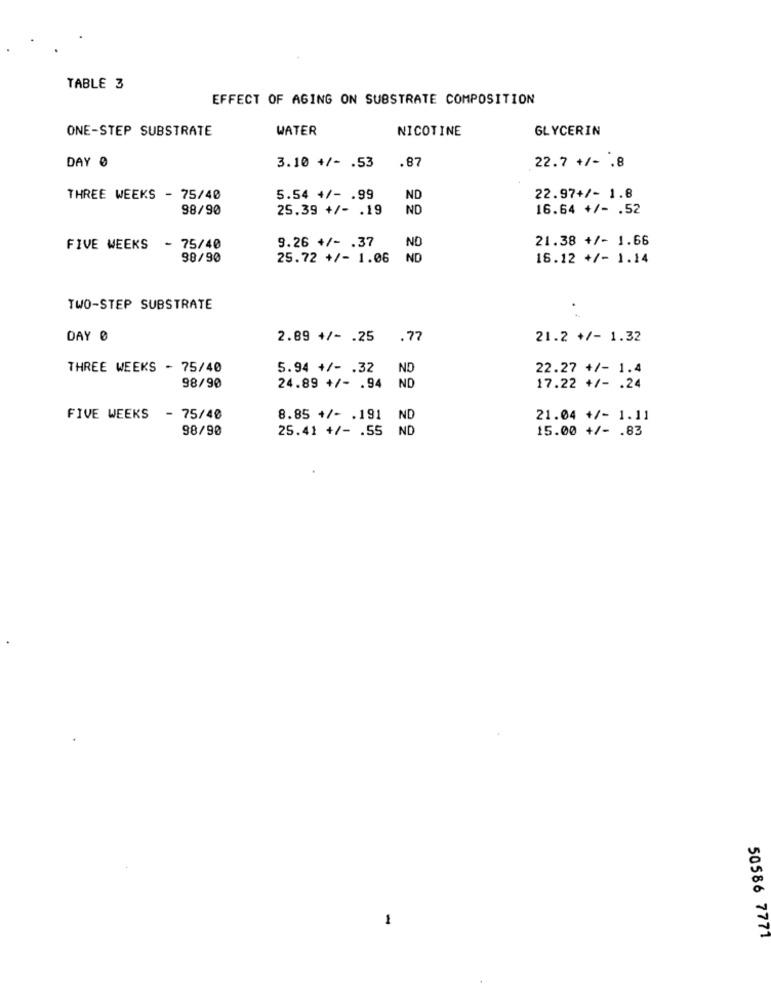
TABLE 3
EFFECT OF AGING ON SUBSTRATE COMPOSITION
ONE-STEP SUBSTRATE
WATER
NICOTINE
GLYCERIN
DAY 0
.87
3.10 +/- . 53
22.7 +/- . 8
THREE WEEKS - 75/40
5.54 +/- . 99
ND
22.97+/- 1.8
98/90
25.39 +/- . 19
ND
16.64 +/- . 52
9.26 +/- . 37
ND
21.38 +/- 1.66
FIVE WEEKS
- 75/40
98/90
25.72 +/- 1.06
ND
16.12 +/- 1.14
TWO-STEP SUBSTRATE
DAY 0
2.89 +/- . 25
.77
21.2 +/- 1.32
THREE WEEKS - 75/40
5.94 +/- . 32
NO
22.27 +/- 1.4
98/90
NO
24.89 +/- . 94
17.22 +/- . 24
FIVE WEEKS
- 75/40
8.85 +/- . 191
ND
21.04 +/- 1.11
98/90
25.41 +/- . 55
ND
15.00 +/- . 83
1
50586 7771